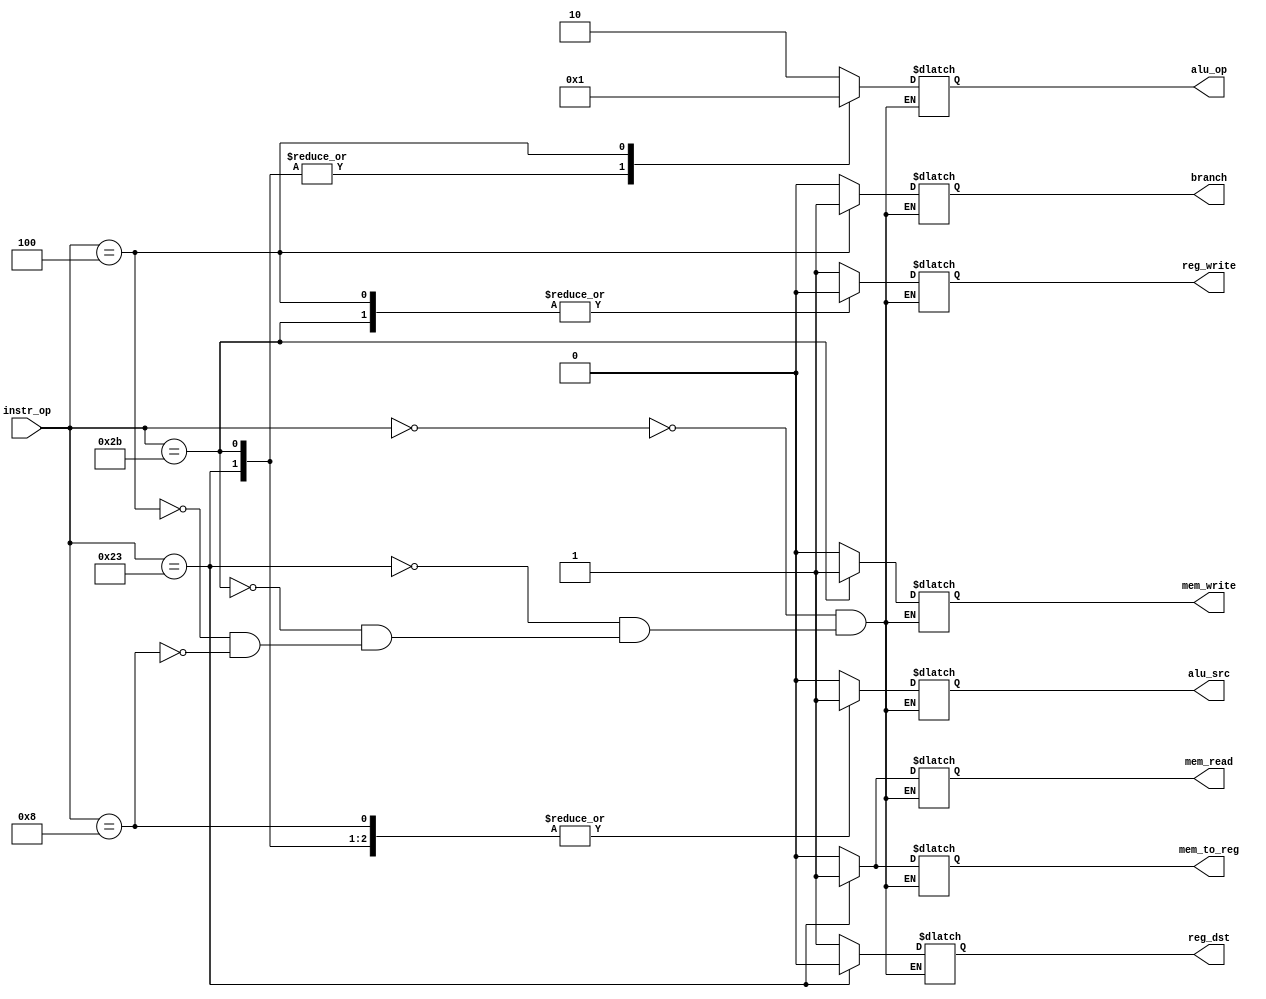
//=========================================================================
// Name & Email must be EXACTLY as in Gradescope roster!
// Name: Nicole Navarro  
// 
// Assignment name: Lab 4 Datapath Control units
// Lab section: 021
// TA: Jincong Lu
// 
// I hereby certify that I have not received assistance on this assignment,
// or used code, from ANY outside source other than the instruction team
// (apart from what was provided in the starter file).
//
//=========================================================================

module controlUnit  (
    input  wire [5:0] instr_op, 
    output wire       reg_dst,   
    output wire       branch,     
    output wire       mem_read,  
    output wire       mem_to_reg,
    output wire [1:0] alu_op,        
    output wire       mem_write, 
    output wire       alu_src,    
    output wire       reg_write
    );

// ------------------------------
// Insert your solution below
// ------------------------------ 
    
    reg reg_dst_reg; 
    reg branch_reg;
    reg mem_read_reg;
    reg mem_to_reg_reg;
    reg [1:0] alu_op_reg;
    reg mem_write_reg;
    reg alu_src_reg;
    reg reg_write_reg;

    assign reg_dst = reg_dst_reg;
    assign branch = branch_reg;
    assign mem_read = mem_read_reg;
    assign mem_to_reg = mem_to_reg_reg;
    assign alu_op = alu_op_reg;
    assign mem_write = mem_write_reg;
    assign alu_src = alu_src_reg;
    assign reg_write = reg_write_reg;

    always @(*) begin
        case(instr_op)
            6'b000000: begin
                reg_dst_reg = 1'b1;
                branch_reg = 1'b0;
                mem_read_reg = 1'b0;
                mem_to_reg_reg = 1'b0;
                alu_op_reg = 2'b10;
                mem_write_reg = 1'b0;
                alu_src_reg = 1'b0;
                reg_write_reg = 1'b1;
            end
            6'b100011: begin
                reg_dst_reg = 1'b0;
                branch_reg = 1'b0;
                mem_read_reg = 1'b1;
                mem_to_reg_reg = 1'b1;
                alu_op_reg = 2'b00;
                mem_write_reg = 1'b0;
                alu_src_reg = 1'b1;
                reg_write_reg = 1'b1;
            end
            6'b101011: begin
                reg_dst_reg = 1'bX;
                branch_reg = 1'b0;
                mem_read_reg = 1'b0;
                mem_to_reg_reg = 1'bX;
                alu_op_reg = 2'b00;
                mem_write_reg = 1'b1;
                alu_src_reg = 1'b1;
                reg_write_reg = 1'b0;
            end
            6'b000100: begin
                reg_dst_reg = 1'bX;
                branch_reg = 1'b1;
                mem_read_reg = 1'b0;
                mem_to_reg_reg = 1'bX;
                alu_op_reg = 2'b01;
                mem_write_reg = 1'b0;
                alu_src_reg = 1'b0;
                reg_write_reg = 1'b0;
            end
            6'b001000: begin
                reg_dst_reg = 1'b1;
                branch_reg = 1'b0;
                mem_read_reg = 1'b0;
                mem_to_reg_reg = 1'b0;
                alu_op_reg = 2'b10;
                mem_write_reg = 1'b0;
                alu_src_reg = 1'b1;
                reg_write_reg = 1'b1;
            end
        endcase

    end


endmodule